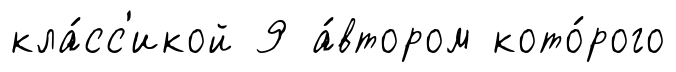
кла́сс'икой 9 а́втором кото́рого